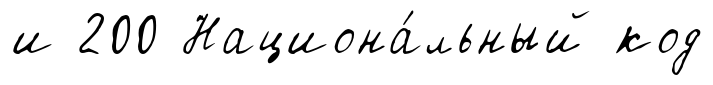
и 200 Национа́льный код